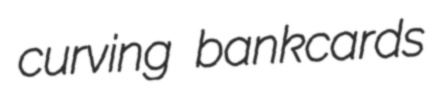
curving bankcards